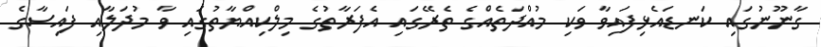
ގާނޫނުގައި ކަނޑައެޅިފައިވާ ވަކި މުއްދަތެއްގެ ތެރޭގައި އެފަރާތުގެ މިލްކިއްޔާތުގައި ވާ މުދަލާއި ފައިސާގެ